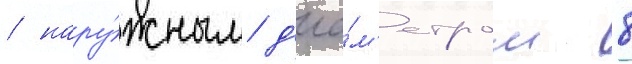
/ нару́жным д'иа́м'етром 8